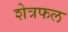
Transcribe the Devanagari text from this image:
शेत्रफल